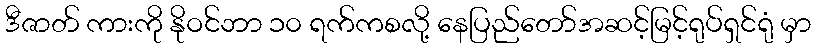
ဒီဇာတ် ကားကို နိုဝင်ဘာ ၁၀ ရက်ကစလို့ နေပြည်တော်အဆင့်မြင့်ရုပ်ရှင်ရုံ မှာ